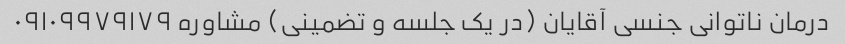
درمان ناتوانی جنسی آقایان (در یک جلسه و تضمینی) مشاوره ۰۹۱۰۹۹۷۹۱۷۹